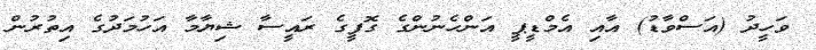
ވަހީދު (އަސްވާޑު) އާއި އެމްޑީޕީ އަންހެނުންގެ ގޮފީގެ ރައީސާ ޝިޔާމާ އަހުމަދުގެ އިތުރުން